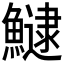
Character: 𩻸